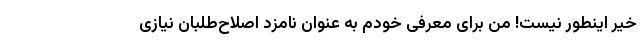
خیر اینطور نیست! من برای معرفی خودم به عنوان نامزد اصلاح‌طلبان نیازی